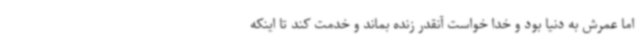
اما عمرش به دنیا بود و خدا خواست آنقدر زنده بماند و خدمت کند تا اینکه